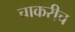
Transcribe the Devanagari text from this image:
चाकरीच